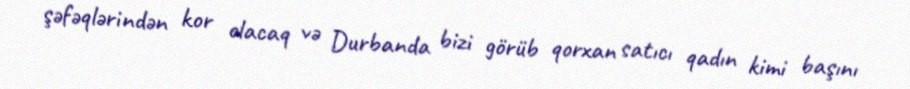
şəfəqlərindən kor olacaq və Durbanda bizi görüb qorxan satıcı qadın kimi başını